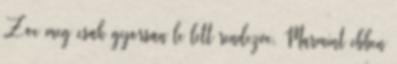
Zoe meg csak gyorsan le lett rendezve. Marmint ebben